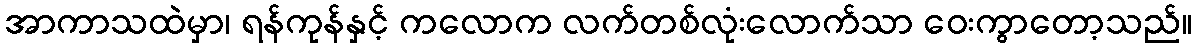
အာကာသထဲမှာ၊ ရန်ကုန်နှင့် ကလောက လက်တစ်လုံးလောက်သာ ဝေးကွာတော့သည်။